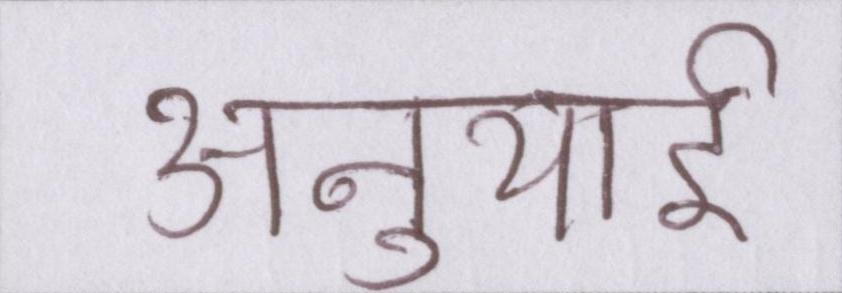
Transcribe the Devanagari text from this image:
अनुयाई